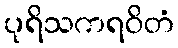
ပုရိသကရဝိတံ